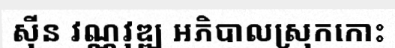
ស៊ីន វណ្ណវុឌ្ឍ អភិបាលស្រុកកោះ